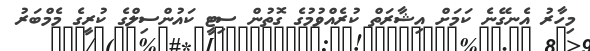
މިހާރު އެނގޭނެ ކަމަށް އިޝާރަތް ކުރެއްވުމުގެ ގޮތުން ސިޓީ ކައުންސިލްގެ ކުރީގެ މެމްބަރު